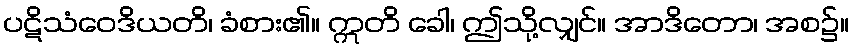
ပဋိသံဝေဒိယတိ၊ ခံစား၏။ ဣတိ ခေါ၊ ဤသို့လျှင်။ အာဒိတော၊ အစ၌။